Lunatic asylums Punjab 1868-1880 - 1868-1880
Year: 1868
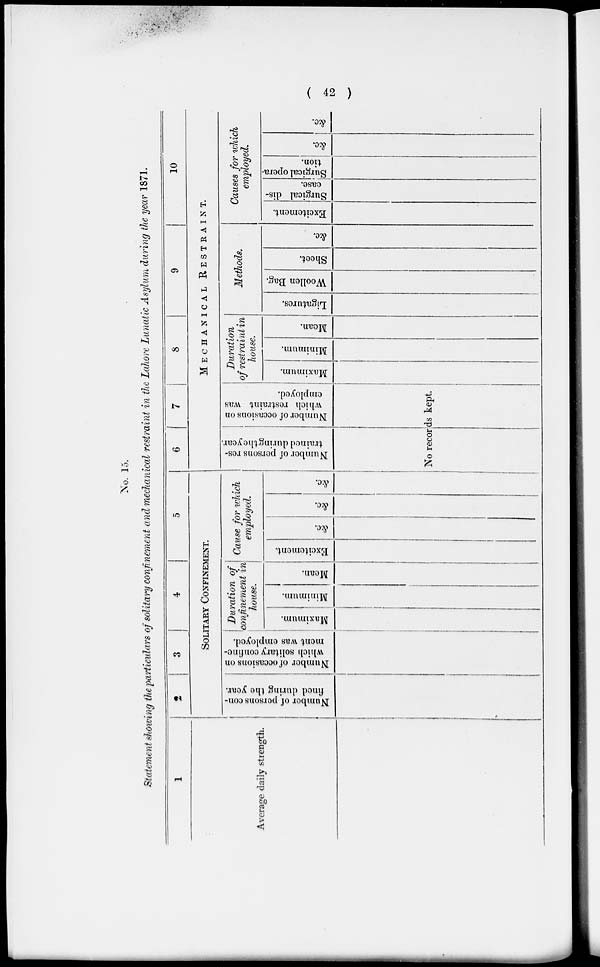
( 42 )
No. 15.
Statement showing the particulars of solitary confinement and mechanical restraint in the Lahore Lunatic Asylum during the year 1871.
1
Average daily strength.
2
3
4
5
SOLITARY CONFINEMENT.
Number of persons con-
fined during the year.
Number
of occasions on
which solitary confine-
ment was employed.
Duration of
confinement in
house.
Maximum.
Minimum.
Mean.
Cause for which
employed.
Excitement.
&c.
&c.
&c.
6
7
8
9
10
MECHANICAL
RESTRAINT.
Number of persons res-
trained during the year.
Number of occasions on
which restraint was
employed.
No records kept.
Duration
of restraint in
house.
Maximum.
Minimum.
Mean.
Methods.
Ligatures.
Woollen Bag.
Sheet.
&c.
Causes for which
employed.
Excitement.
Surgical dis-
ease.
Surgical opera-
tion.
&c. &c.